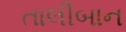
તાલીબાન